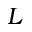
L